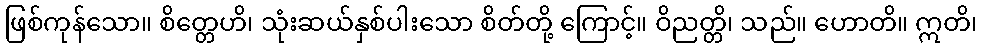
ဖြစ်ကုန်သော။ စိတ္တေဟိ၊ သုံးဆယ်နှစ်ပါးသော စိတ်တို့ ကြောင့်။ ဝိညတ္တိ၊ သည်။ ဟောတိ။ ဣတိ၊